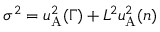
\sigma ^ { 2 } = u _ { \mathrm { A } } ^ { 2 } ( \Gamma ) + L ^ { 2 } u _ { \mathrm { A } } ^ { 2 } ( n )